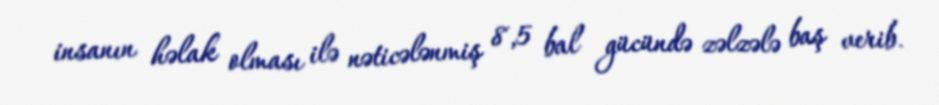
insanın həlak olması ilə nəticələnmiş 8,5 bal gücündə zəlzələ baş verib.